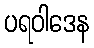
ပရဝါဒေန